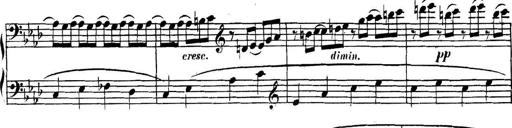
Title: Collected Piano Sonatas
Composer: Muzio Clementi